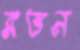
রত্তন